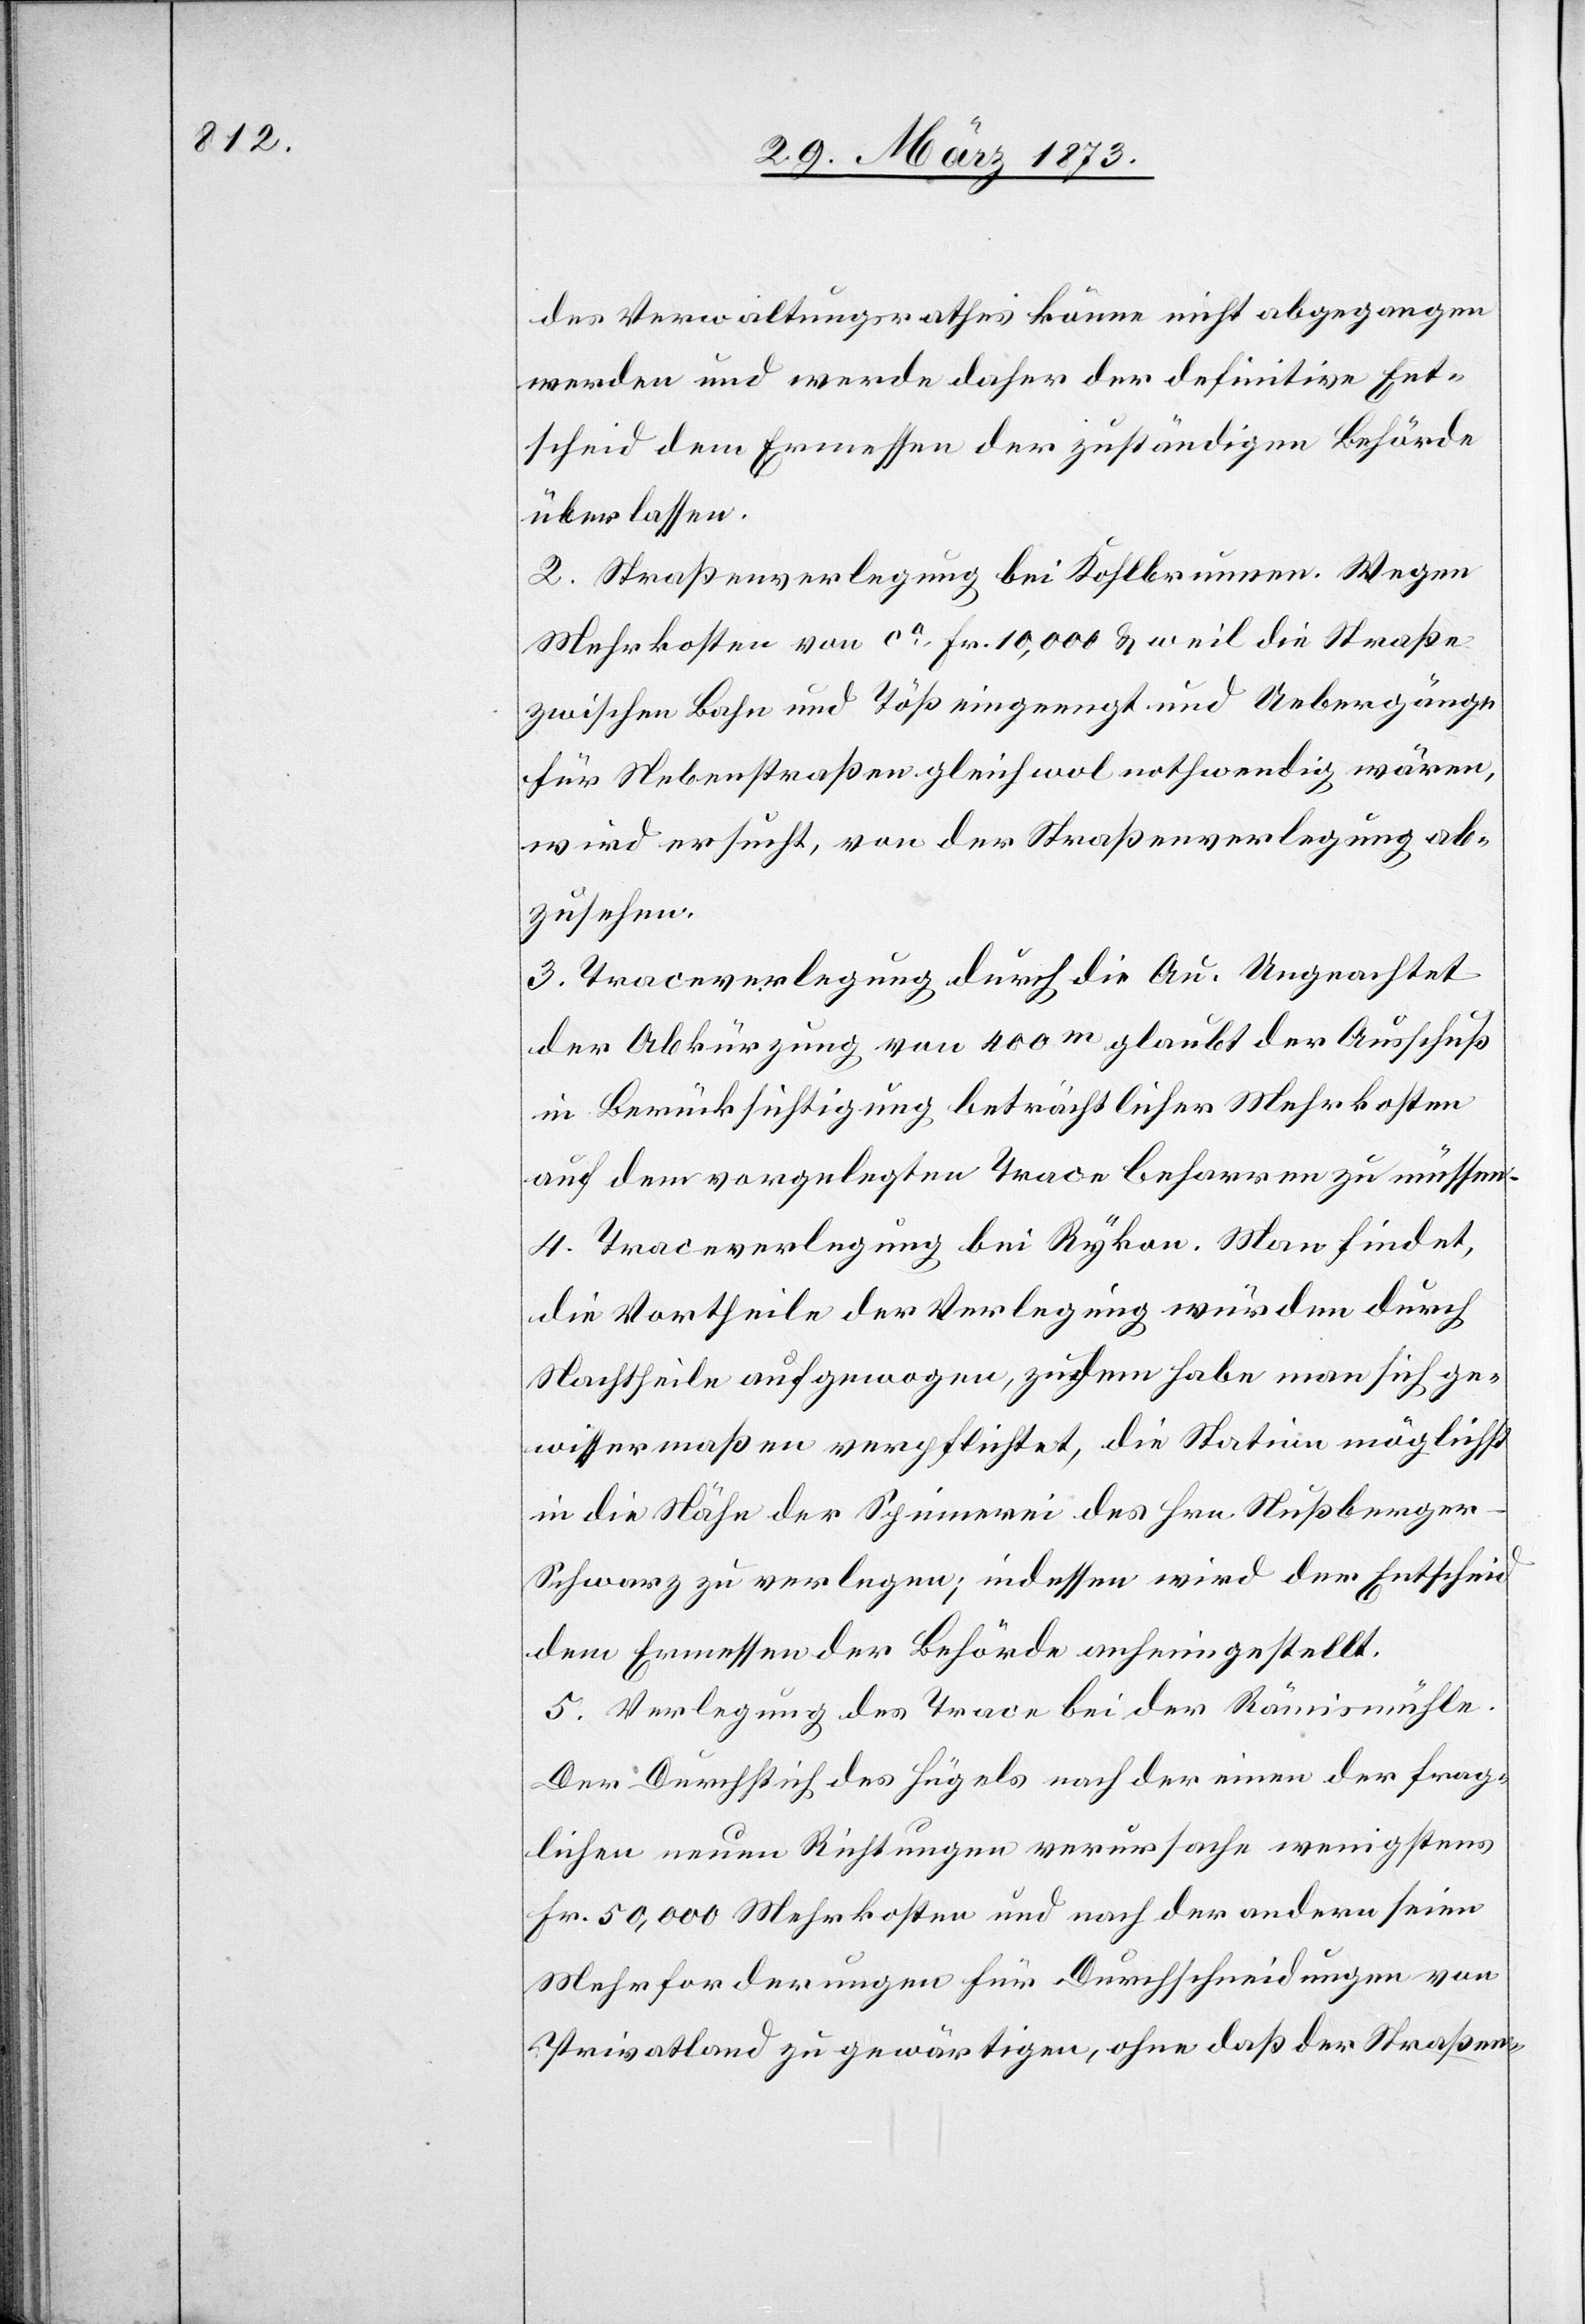
des Verwaltungsrathes könne nicht abgegangen
werden und werde daher der definitive Ent¬
scheid dem Ermessen der zuständigen Behörde
überlassen.
2. Straßenverlegung bei Kohlbrunnen. Wegen
Mehrkosten von ca Fr. 10,000 u. weil die Straße
zwischen Bahn und Töß eingeengt und Uebergänge
für Nebenstraßen gleichwol nothwendig wären,
wird ersucht, von der Straßenverlegung ab¬
zusehen.
3. Traceverlegung durch die Au. Ungeachtet
der Abkürzung von 400m glaubt der Ausschuß
in Berücksichtigung beträchtlicher Mehrkosten
auf dem vorgelegten Trace beharren zu müssen.
4. Traceverlegung bei Rykon. Man findet,
die Vortheile der Verlegung würden durch
Nachtheile aufgewogen, zudem habe man sich ge¬
wissermaßen verpflichtet, die Station möglichst
in die Nähe der Spinnerei des Hrn. Nußberge¬
r-Schwarz zu verlegen; indessen wird der Entscheid
dem Ermessen der Behörde anheim gestellt.
5. Verlegung des Trace bei der Rämismühle.
Der Durchstich des Hügels nach der einen der frag¬
lichen neuen Richtungen verursache wenigstens
Fr. 50,000 Mehrkosten und nach der andern seien
Mehrforderungen für Durchschneidungen von
Privatland zu gewärtigen, ohne daß der Straßen-